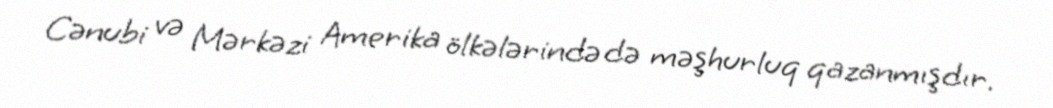
Cənubi və Mərkəzi Amerika ölkələrində də məşhurluq qazanmışdır.